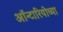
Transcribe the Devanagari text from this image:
ऑन्टारियोच्या